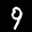
Label: 9